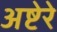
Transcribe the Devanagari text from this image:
अष्टेरे